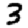
Digit: 3